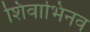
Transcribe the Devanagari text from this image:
शिवाभिनव